Scottish Leaving Certificate Examination, 1955
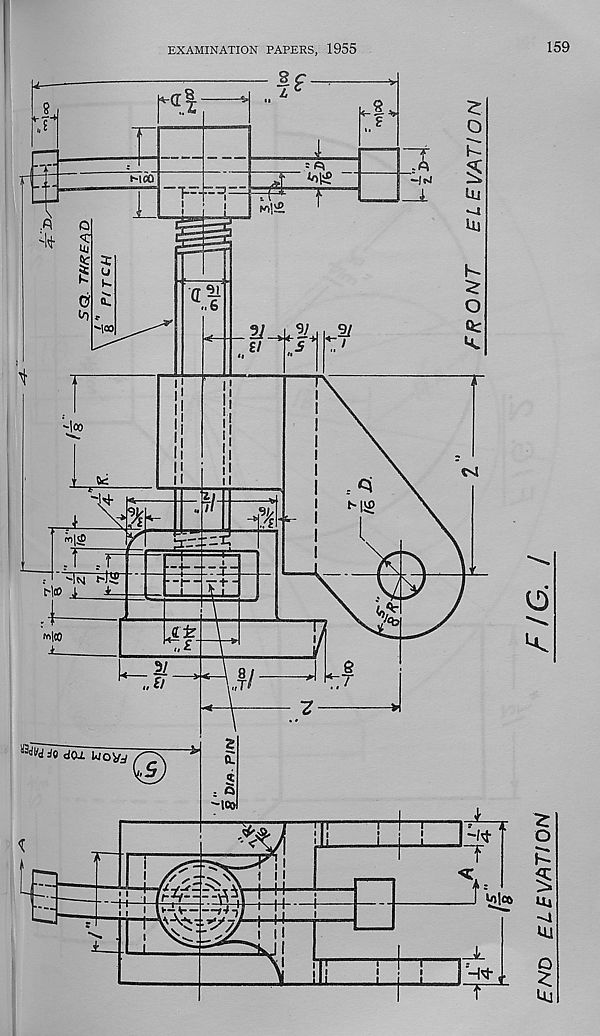
EXAMINATION PAPERS, 1955
159
If
h-(T
:.X
5
s-
D
K
‘ot?
M60
HrJ
Ui
Ui
<r
h-
..6
o
Cfc
S03
91
11
l«
Csl
n
'H-
A
rol^
-x;
£
.f
In~h2
1
■-I-
C-Ito
/£ b
CH
MM
W
,,T
Z
CD
m
■ <
I I I
:s N
h
2?
t—I
—
h—
M
i
uU
l0lC6
o
ki
ELEVATION